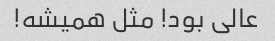
عالی بود! مثل همیشه!